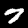
Digit: 7